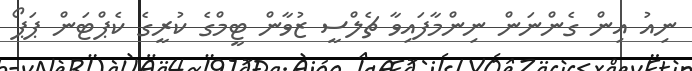
ނިއު އިިން ގެންނަން ނިންމާފައިވާ ޗެލްސީ ޒުވާން ޓީމްގެ ކުރީގެ ކެޕްޓަން ޕަޕޯ